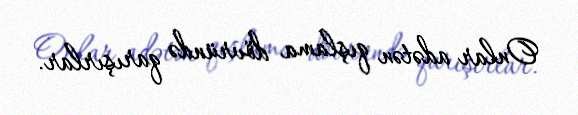
Onlar adətən qışlama dövründə qarışırlar.